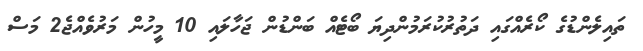
ތައިލެންޑުގެ ކޯރެއްގައި ދަތުރުކުރަމުންދިޔަ ބޯޓެއް ބަންޑުން ޖަހާލައި 10 މީހުން މަރުވެއްޖެ2 މަސް